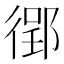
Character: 𫹟